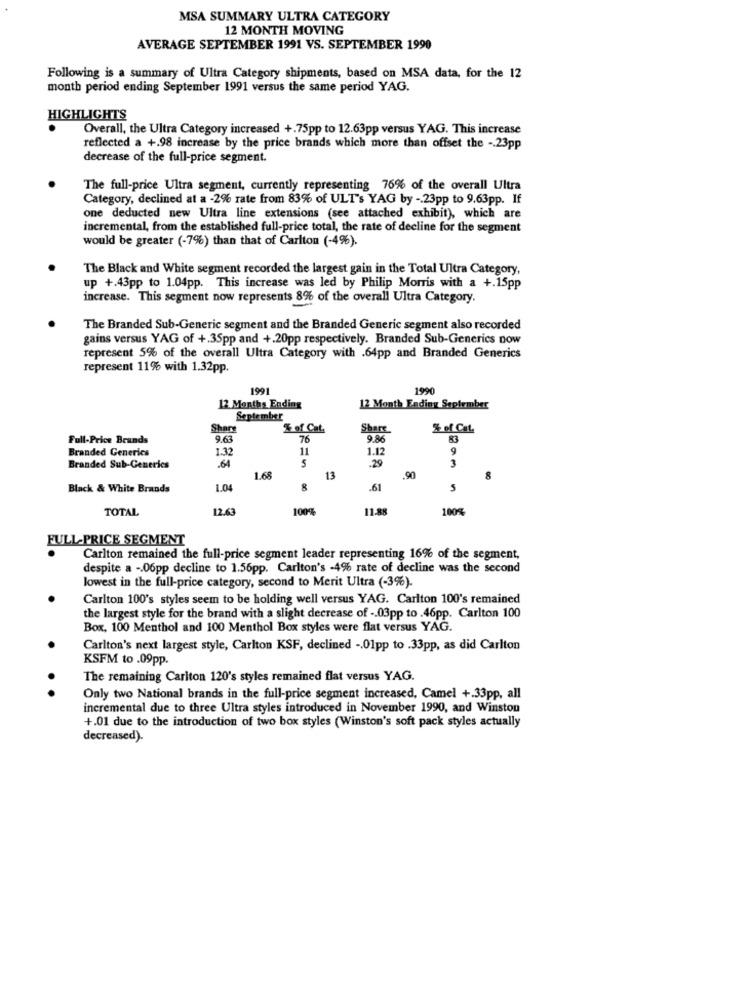
MSA SUMMARY ULTRA CATEGORY
12 MONTH MOVING
AVERAGE SEPTEMBER 1991 VS. SEPTEMBER 1990
Following is a summary of Ultra Category shipments, based on MSA data, for the 12
month period ending September 1991 versus the same period YAG.
HIGHLIGHTS
Overall, the Ultra Category increased +.75pp to 12.63pp versus YAG. This increase
reflected a +.98 increase by the price brands which more than offset the -. 23pp
decrease of the full-price segment.
The full-price Ultra segment, currently representing 76% of the overall Ultra
Category, declined at a -2% rate from 83% of ULT's YAG by -. 23pp to 9.63pp. If
one deducted new Ultra line extensions (see attached exhibit), which are
incremental, from the established full-price total, the rate of decline for the segment
would be greater (-7%) than that of Carlton (-4%).
The Black and White segment recorded the largest gain in the Total Ultra Category,
up +.43pp to 1.04pp. This increase was led by Philip Morris with a +.15pp
increase. This segment now represents 8% of the overall Ultra Category.
The Branded Sub-Generic segment and the Branded Generic segment also recorded
gains versus YAG of +.35pp and +.20pp respectively. Branded Sub-Generics now
represent 5% of the overall Ultra Category with .64pp and Branded Generics
represent 11% with 1.32pp.
1991
1990
12 Months Ending
12 Month Ending September
September
Shars
% of Cat.
Share
2 of Cat.
Full-Price Brands
9.63
76
9.86
Branded Generics
1.32
11
1.12
9
5
29
3
Branded Sub-Generics
.64
1.68
13
.90
8
Black & White Brands
1.04
8
.61
5
TOTAL
12.63
1009
11-88
100%
FULL-PRICE SEGMENT
Carlton remained the full-price segment leader representing 16% of the segment,
despite a -. 06pp decline to 1.56pp. Carlton's -4% rate of decline was the second
lowest in the full-price category, second to Merit Ultra (-3%).
Carlton 100's styles seem to be holding well versus YAG. Carlton 100's remained
the largest style for the brand with a slight decrease of -. 03pp to .46pp. Carlton 100
Box, 100 Menthol and 100 Menthol Box styles were flat versus YAG.
Carlton's next largest style, Carlton KSF, declined -. 01pp to .33pp, as did Carlton
KSFM to .09pp.
The remaining Carlton 120's styles remained flat versus YAG.
Only two National brands in the full-price segment increased, Camel +.33pp, all
incremental due to three Ultra styles introduced in November 1990, and Winston
+.01 due to the introduction of two box styles (Winston's soft pack styles actually
decreased).